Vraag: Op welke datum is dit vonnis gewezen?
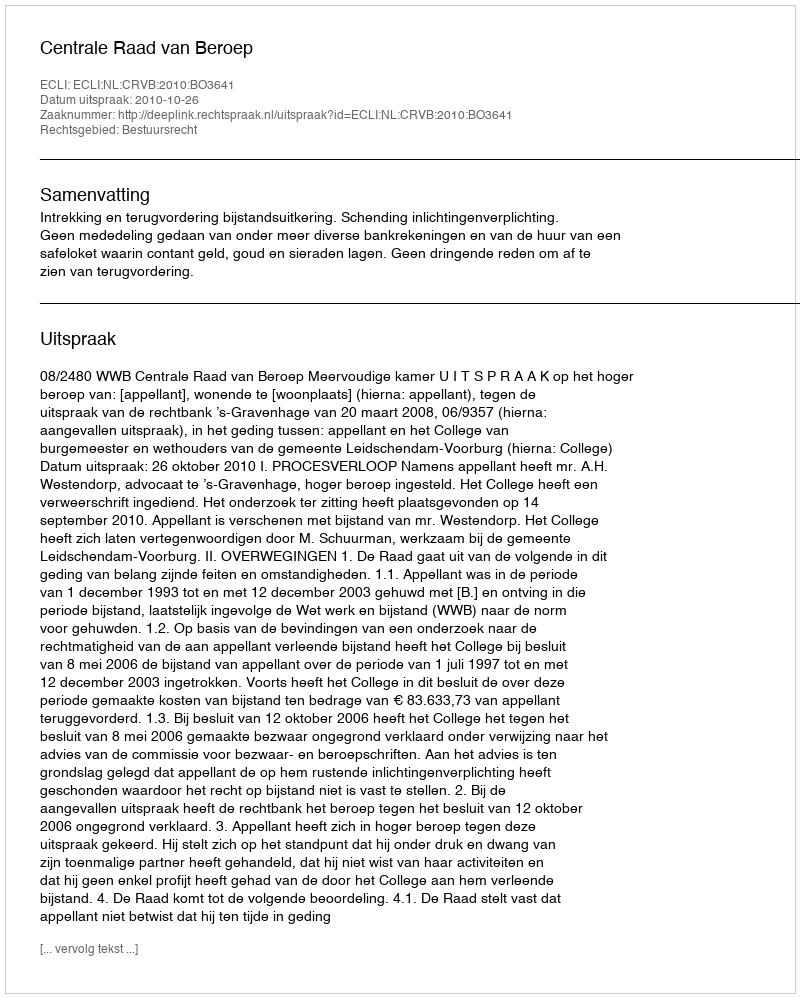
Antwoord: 2010-10-26